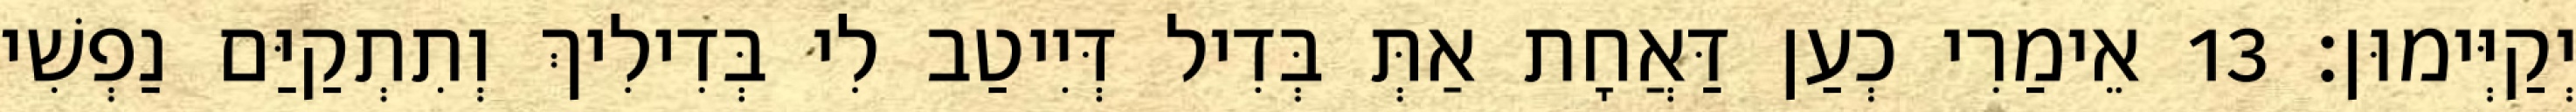
יְקַיְּימוּן׃ 13 אֵימַרִי כְעַן דַּאֲחָת אַתְּ בְּדִיל דְּיִיטַב לִי בְּדִילִיךְ וְתִתְקַיַּם נַפְשִׁי